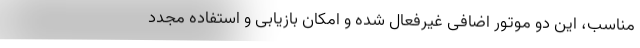
مناسب، این دو موتور اضافی غیرفعال شده و امکان بازیابی و استفاده مجدد